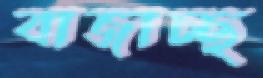
বাজাচ্ছ